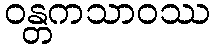
ဝန္တကသာဝဿ